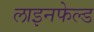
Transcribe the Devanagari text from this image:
लाइनफेल्ड